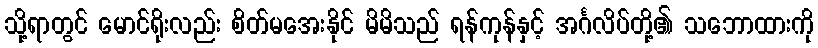
သို့ရာတွင် မောင်ရိုးလည်း စိတ်မအေးနိုင် မိမိသည် ရန်ကုန်နှင့် အင်္ဂလိပ်တို့၏ သဘောထားကို